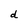
Character: d